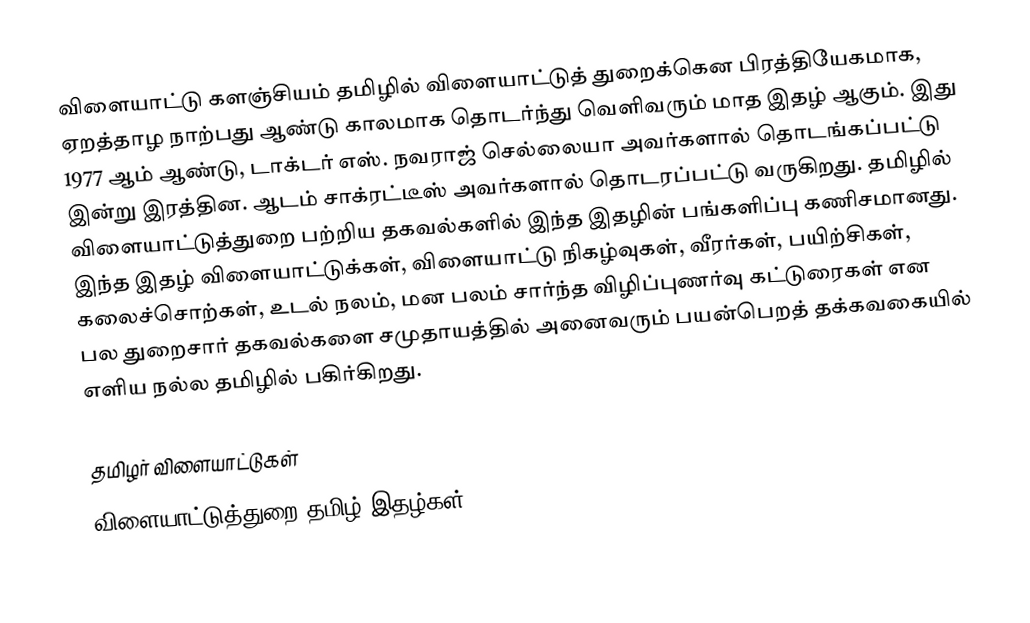
விளையாட்டு களஞ்சியம் தமிழில் விளையாட்டுத் துறைக்கென பிரத்தியேகமாக, ஏறத்தாழ நாற்பது ஆண்டு காலமாக தொடர்ந்து வெளிவரும் மாத இதழ் ஆகும்.  இது 1977 ஆம் ஆண்டு, டாக்டர் எஸ். நவராஜ் செல்லையா  அவர்களால் தொடங்கப்பட்டு இன்று இரத்தின. ஆடம் சாக்ரட்டீஸ் அவர்களால் தொடரப்பட்டு வருகிறது.  தமிழில் விளையாட்டுத்துறை பற்றிய தகவல்களில் இந்த இதழின் பங்களிப்பு கணிசமானது.  இந்த இதழ் விளையாட்டுக்கள், விளையாட்டு நிகழ்வுகள், வீரர்கள், பயிற்சிகள், கலைச்சொற்கள், உடல் நலம், மன பலம் சார்ந்த விழிப்புணர்வு கட்டுரைகள் என பல துறைசார் தகவல்களை சமுதாயத்தில் அனைவரும் பயன்பெறத் தக்கவகையில் எளிய நல்ல தமிழில் பகிர்கிறது.

தமிழர் விளையாட்டுகள்
விளையாட்டுத்துறை தமிழ் இதழ்கள்